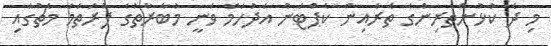
މި ދެ ކުޅުންތެރިންގެ ތެރެއިން ކެޕްޓަން އަދުހަމް ވަނީ މުބާރާތުގެ ފުރަތަމަ މެޗުގައި